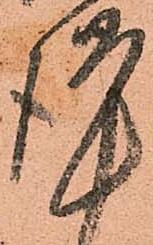
謹